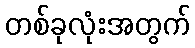
တစ်ခုလုံးအတွက်